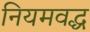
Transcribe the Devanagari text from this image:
नियमवद्ध